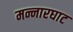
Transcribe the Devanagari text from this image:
मन्नारघाट